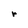
Character: r